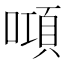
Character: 𠾿